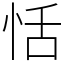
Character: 恬